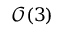
\mathcal { O } ( 3 )